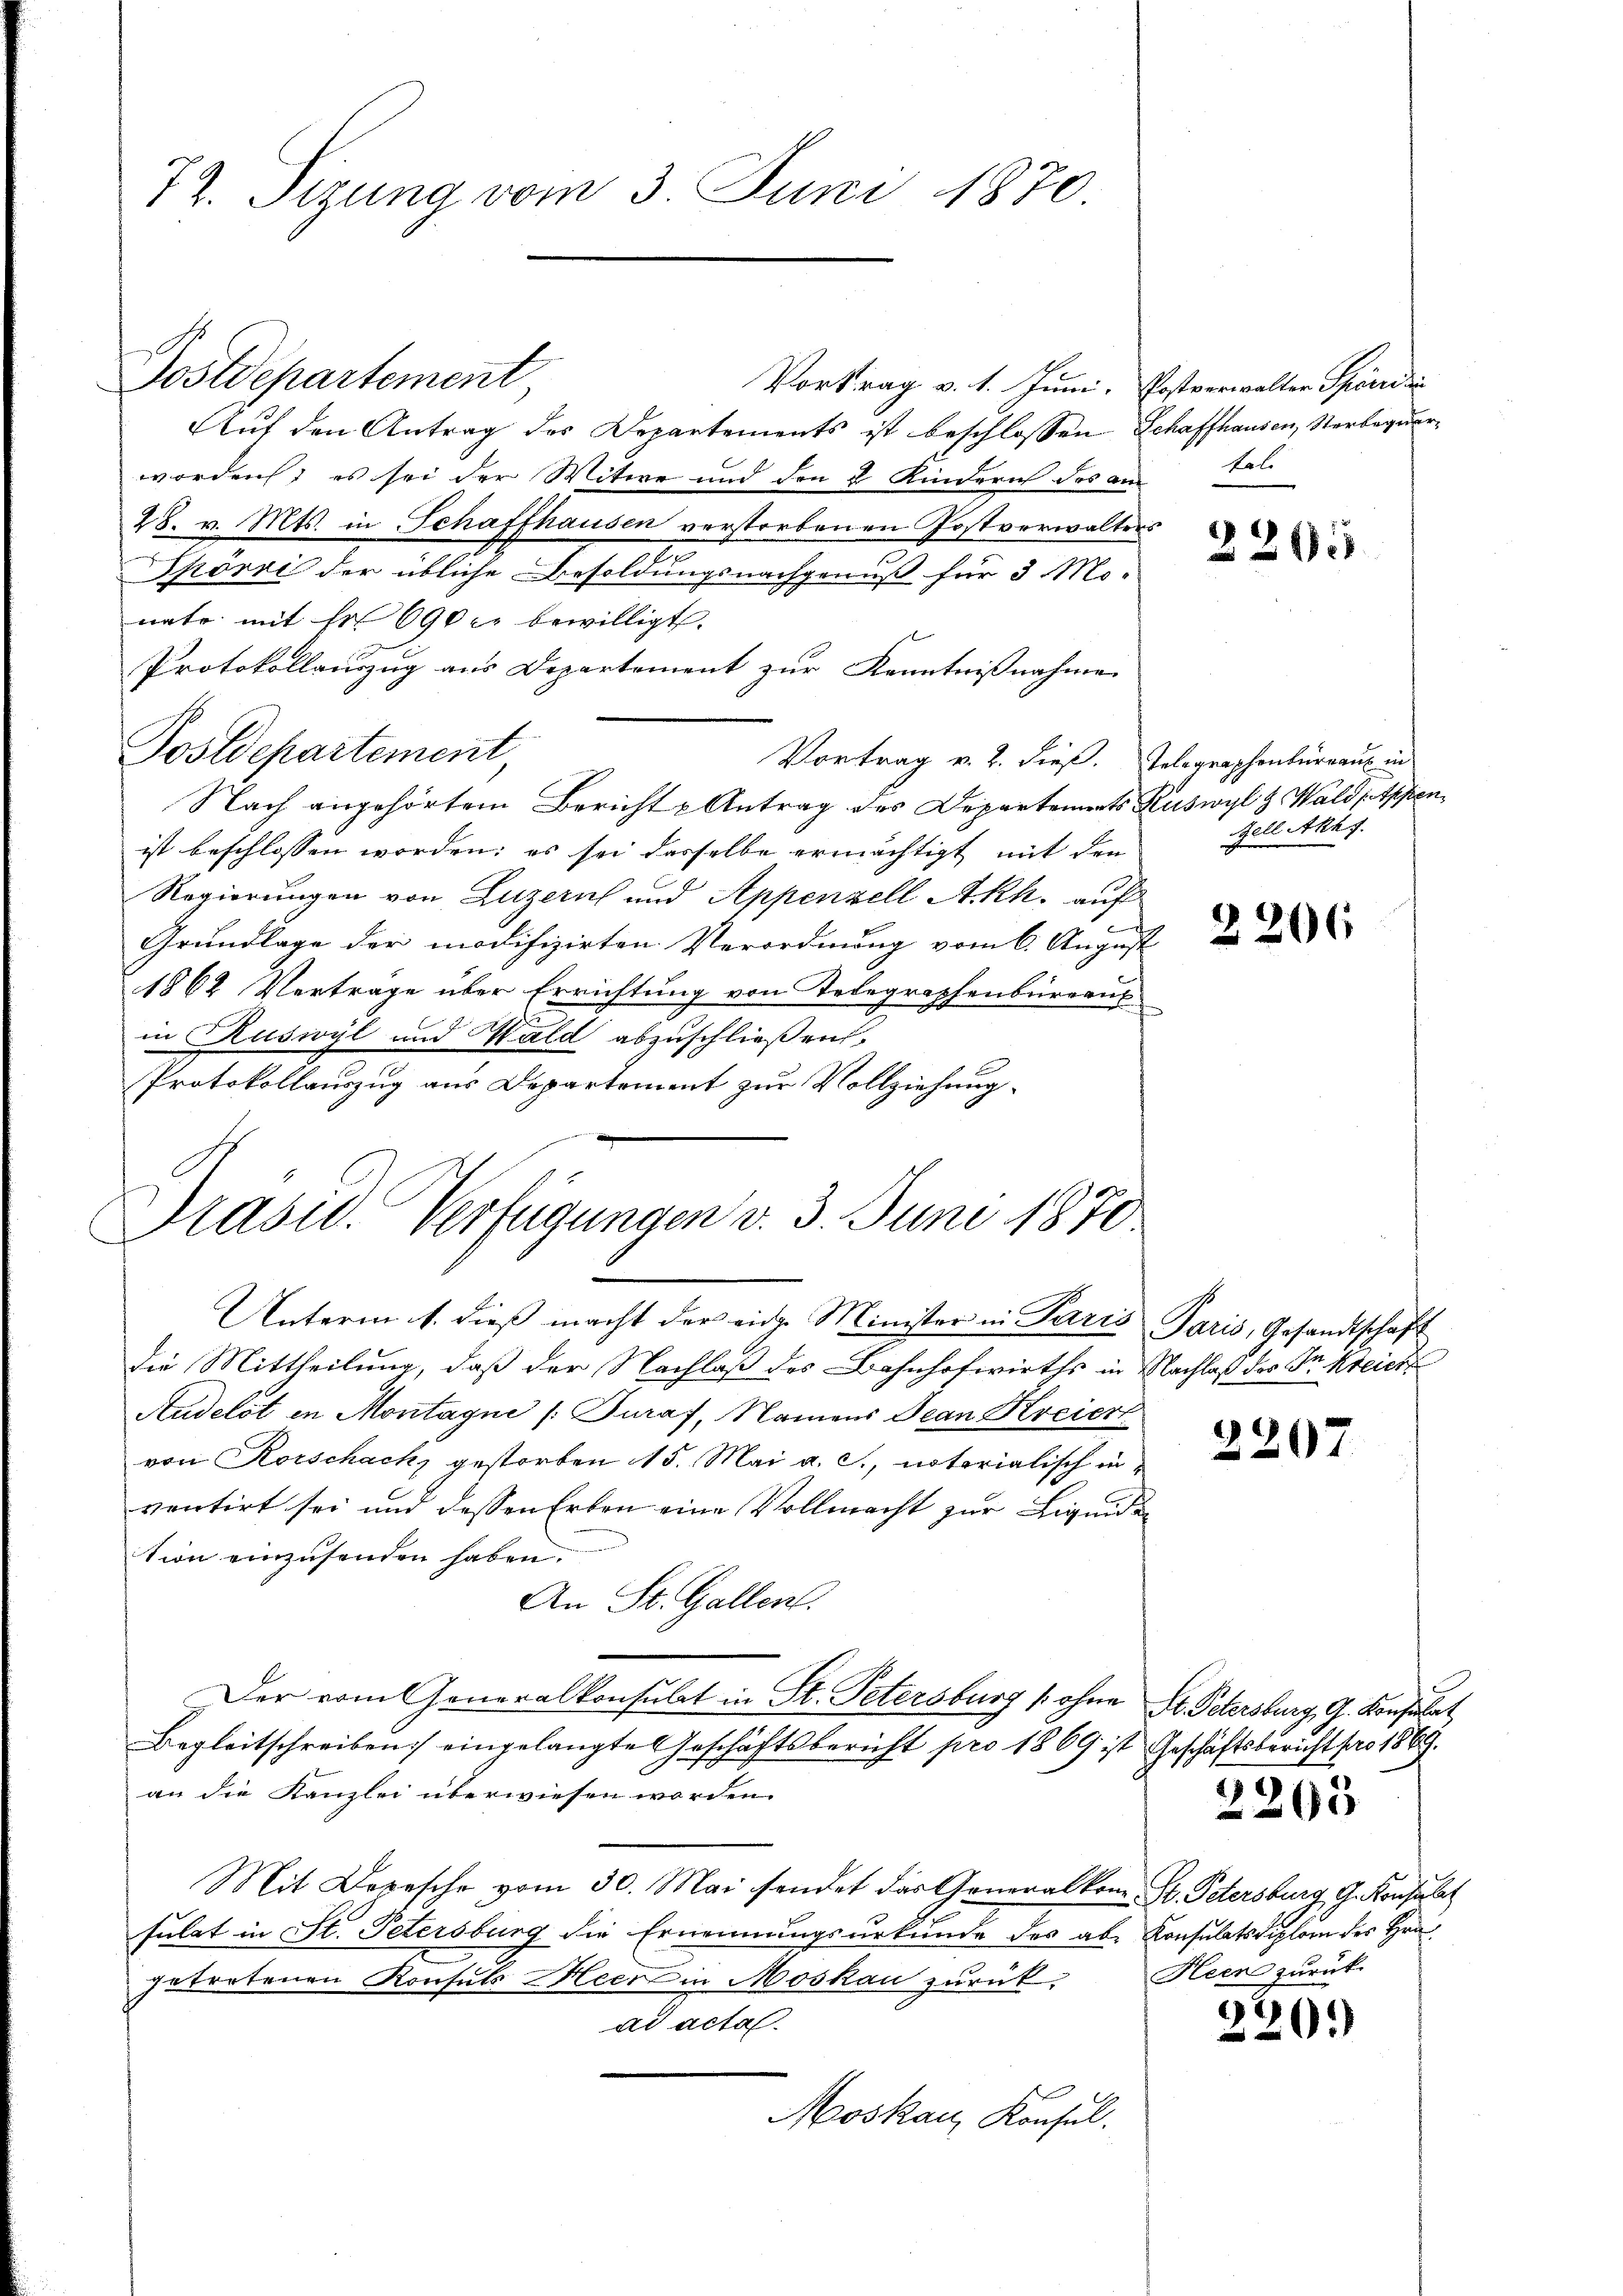
77. Sizung vom 3. Juni 1870.

Vortrag v. 1. Juni. Postverwalter Spöndli
Auf den Antrag des Departements ist beschlossen Schaffhausen, Verbequerworden, es sei der Witwe und den 2 Kindern des anstal-
28. v. Mts. in Schaffhausen verstorbenen Postverwalters
Spörri der übliche Besoldungsnachgenuß für 3 Mo-
nate mit fr 690 c. bewilligt.
Protokollauszug aus Departement zur Kenntnißnahme
Postdepartement,
Vortrag v. 2. dieß. Telegraphenbürraus in
Nach angehörtem Bericht u Antrag des Departements Ruswyl & Waldptpfen
ist beschlossen worden; es sei dasselbe ermächtigt mit den
Regierungen von Luzern und Appenzell Akh. auf
e
Grundlage der modifizirten Verordnung vom 6. August
1864 Vertrage über Errichtung von Telegraphenbureaus
in Ruswyl und Wald abzuschließen,
Protokollauszug aus Departement zur Vollziehung.
Unterm 1. dieß macht der eine Minister in Paris
die Mittheilung, daß der Nachlaß des Bahnhofwirths in Nachlaß des Fr. kreich
Audelst in Montagne (Turaf, Namens Jean Kreiert
von Rorschach, gestorben 15. Mai a. c., notorialisch in
ventirt sei und dessen Erben eine Vollmacht zur Liquidation einzusenden haben.
An St. Gallen.
Der vom Generalkonsulat in St. Petersburg (ohne
Begleitschreiben eingelangte Geschäftsbericht pro 1869 ist Geschäftsbericht pro 1869.
an die Kanzlei überwiesen worden.
Mit Depesche vom 30. Mai sendet das Generalkom- St. Petersburg, G. Konsulat
sulat in St. Petersburg die Ernennungsurkunde des aber Konsulatsdiplom des Hrn.
getretenen Konsuls Meer in Moskau zurück-
ad acta.
Moskau, Konsul

Dostdepartement

Präsid. Verfügungen v. 3. Juni 1870

2265

Zell Akhf.

2206

Paris, Gesandtschaft

2207

St. Petersburg, G. Konsulat

2203

Heen zurück.

2
20.